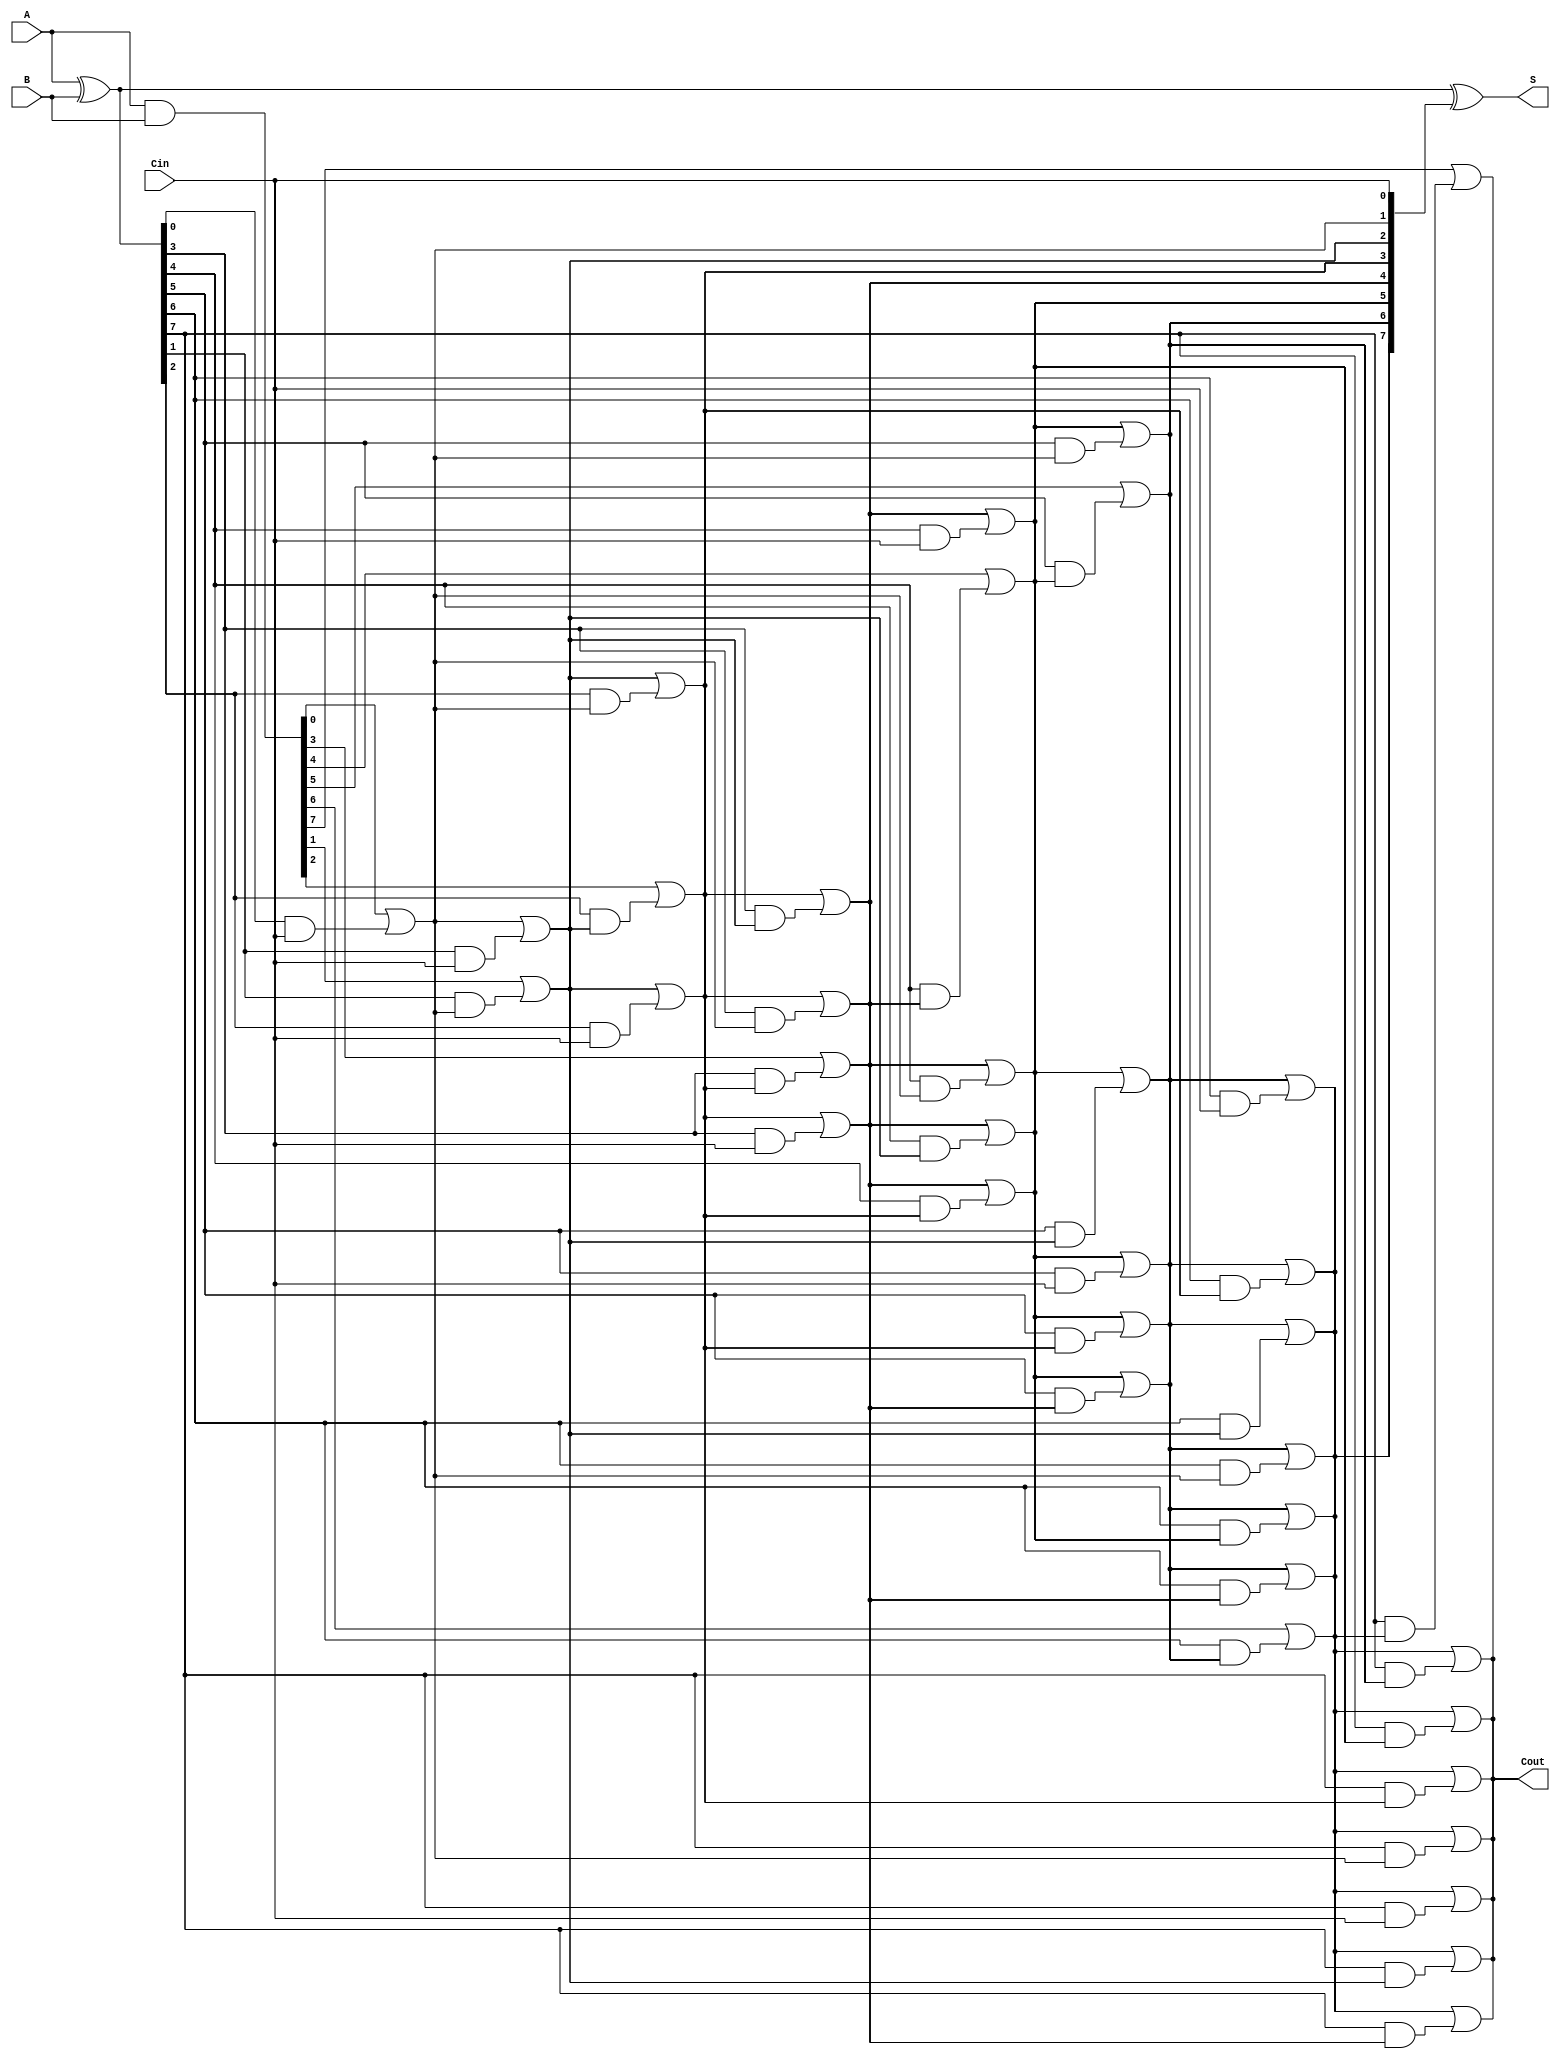
module Parallel_Prefix_Adder #(
    parameter N = 8 // Define the bit-width of the adder
)(
    input [N-1:0] A,      // First input operand
    input [N-1:0] B,      // Second input operand
    input Cin,            // Carry-in input
    output [N-1:0] S,     // Sum output
    output Cout           // Carry-out output
);

    // Generate and propagate signals
    wire [N-1:0] G; // Generate signals
    wire [N-1:0] P; // Propagate signals
    wire [N:0] C;    // Carry signals

    // Generate and propagate signal calculations
    assign G = A & B;          // Generate
    assign P = A ^ B;          // Propagate
    assign C[0] = Cin;         // Carry-in

    // Kogge-Stone Prefix Network
    genvar i, j;
    generate
        // Level 1
        for (i = 0; i < N; i = i + 1) begin
            if (i == 0) begin
                assign C[i + 1] = G[i] | (P[i] & C[i]);
            end else begin
                assign C[i + 1] = G[i] | (P[i] & C[i]);
            end
        end

        // Level 2
        for (j = 1; j < N; j = j + 1) begin
            for (i = 0; i < N - j; i = i + 1) begin
                assign C[i + j + 1] = C[i + j] | (P[i + j] & C[i]);
            end
        end
    endgenerate

    // Sum calculation
    assign S = P ^ C[N-1:0]; // Sum output

    // Carry-out
    assign Cout = C[N];

endmodule